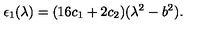
\epsilon _ { 1 } ( \lambda ) = ( 1 6 c _ { 1 } + 2 c _ { 2 } ) ( \lambda ^ { 2 } - b ^ { 2 } ) .